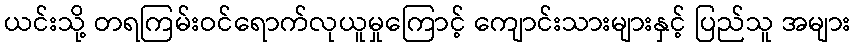
ယင်းသို့ တရကြမ်းဝင်ရောက်လုယူမှုကြောင့် ကျောင်းသားများနှင့် ပြည်သူ အများ